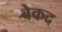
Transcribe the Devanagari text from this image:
बेकद